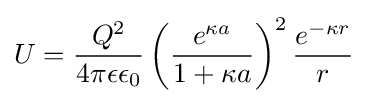
U={\frac {Q^{2}}{4\pi \epsilon \epsilon _{0}}}\left({\frac {e^{\kappa a}}{1+\kappa a}}\right)^{2}{\frac {e^{-\kappa r}}{r}}